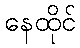
နေထိုင်